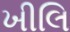
ખીલિ